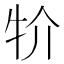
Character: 𤘦